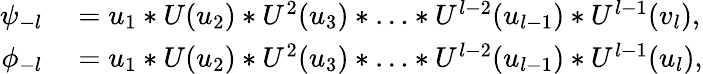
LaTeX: \begin{array}{rl}{\psi_{-l}}&{{}=u_{1}*U(u_{2})*U^{2}(u_{3})*\ldots*U^{l-2}(u_{l-1})*U^{l-1}(v_{l}),}\\ {\phi_{-l}}&{{}=u_{1}*U(u_{2})*U^{2}(u_{3})*\ldots*U^{l-2}(u_{l-1})*U^{l-1}(u_{l}),}\end{array}